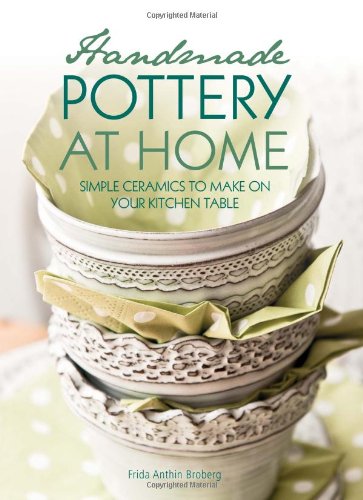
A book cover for Handmade Pottery at Home: Simple Ceramics to Make on Your Kitchen Table; Frida Anthin Broberg; Crafts, Hobbies & Home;